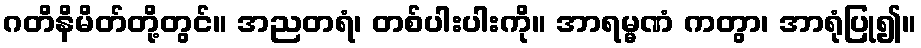
ဂတိနိမိတ်တို့တွင်။ အညတရံ၊ တစ်ပါးပါးကို။ အာရမ္မဏံ ကတွာ၊ အာရုံပြု၍။